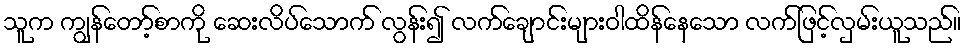
သူက ကျွန်တော့်စာကို ဆေးလိပ်သောက် လွန်း၍ လက်ချောင်းများဝါထိန်နေသော လက်ဖြင့်လှမ်းယူသည်။